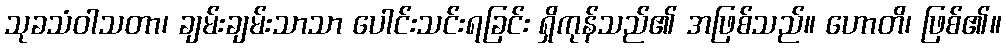
သုခသံဝါသတာ၊ ချမ်းချမ်းသာသာ ပေါင်းသင်းရခြင်း ရှိကုန်သည်၏ အဖြစ်သည်။ ဟောတိ၊ ဖြစ်၏။